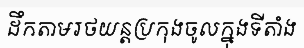
ដឹកតាមរថយន្តប្រកុងចូលក្នុងទីតាំង